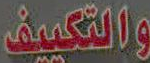
والتكييف